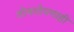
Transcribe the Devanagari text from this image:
तोचतोपणाही